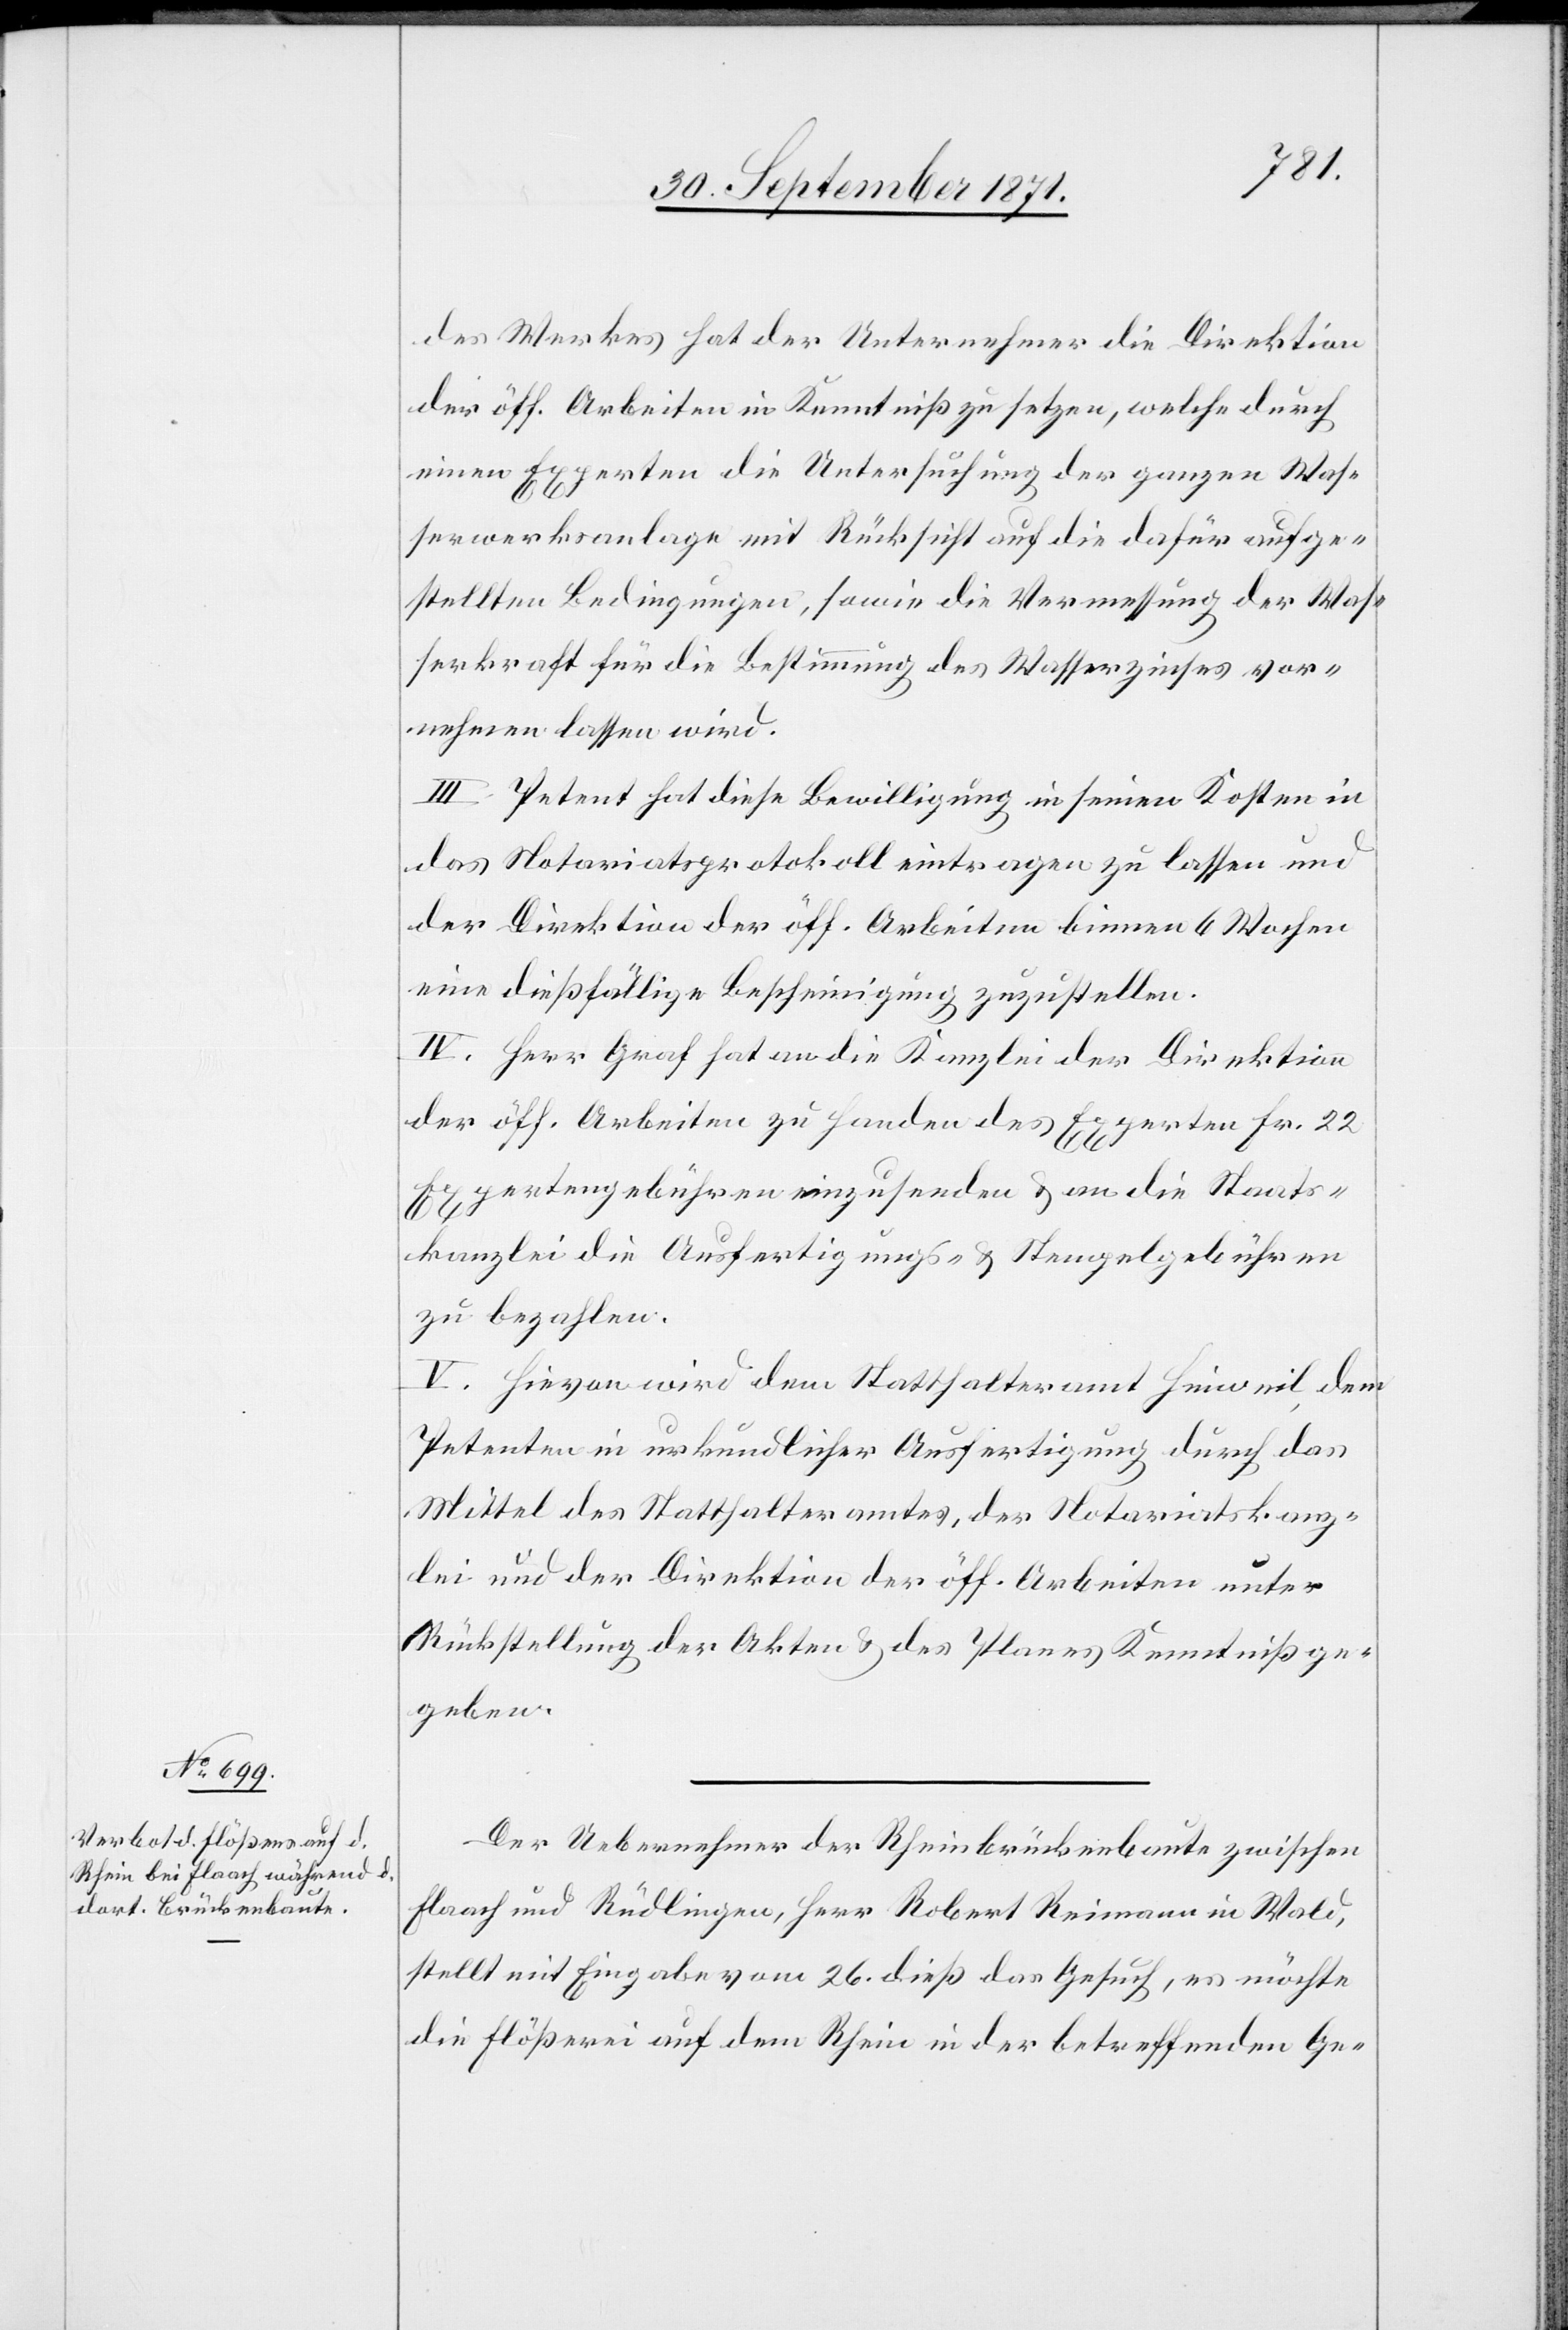
des Werkes hat der Unternehmer die Direktion
der öff. Arbeiten in Kenntniß zu setzen, welche durch
einen Experten die Untersuchung der ganzen Was¬
serwerkanlage mit Rücksicht auf die dafür aufge¬
stellten Bedingungen, sowie die Vermessung der Was¬
serkraft für die Bestimmung des Wasserzinses vor¬
nehmen lassen wird.
III. Petent hat diese Bewilligung in seinen Kosten in
das Notariatsprotokoll eintragen zu lassen und
der Direktion der öff. Arbeiten binnen 6 Wochen
eine dießfällige Bescheinigung zuzustellen.
IV. Herr Graf hat an die Kanzlei der Direktion
der öff. Arbeiten zu Handen des Experten Fr. 22
Expertengebühren einzusenden & an die Staats¬
kanzlei die Ausfertigungs- & Stempelgebühren
zu bezahlen.
V. Hievon wird dem Statthalteramt Hinweil dem
Petenten in urkundlicher Ausfertigung durch das
Mittel des Statthalteramtes, der Notariatskanz¬
lei und der Direktion der öff. Arbeiten unter
Rückstellung der Akten & des Planes Kenntniß ge¬
geben.
Der Uebernehmer der Rheinbrückenbaute zwischen
Flaach und Rüdlingen, Herr Robert Reimann in Wald,
stellt mit Eingabe vom 26. dieß das Gesuch, es möchte
die Flößerei auf dem Rhein in der betreffenden Ge-